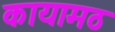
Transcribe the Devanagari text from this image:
कायामठ